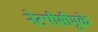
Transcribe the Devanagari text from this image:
नेटपीसीमुळे